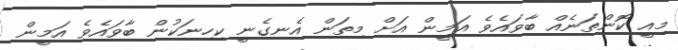
މިއީ ކޮންތަނެއް ބާވައެވެ އަމީން އަށް މިތަން އެނގެނީ ކިހިނަކުން ބާވައެވެ އަމީން